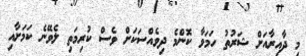
މި ދާއިރާއަށް ޝަރުތު ހަމަވާ ކޮންމެ ދިވެއްސަކަށް ވެސް ކުރިމަތި ލެވޭނެ ކަމަށާއި